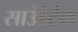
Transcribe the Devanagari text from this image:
साउंडेट्रैक